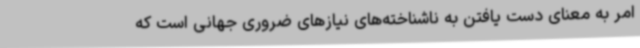
امر به معنای دست یافتن به ناشناخته‌های نیازهای ضروری جهانی است که